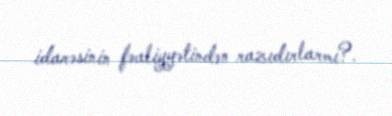
idarəsinin fəaliyyətindən razıdırlarmı?.